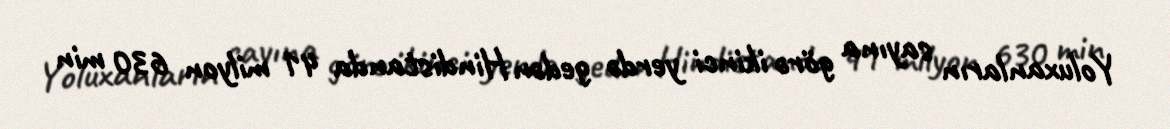
Yoluxanların sayına görə ikinci yerdə gedən Hindistanda 41 milyon 630 min